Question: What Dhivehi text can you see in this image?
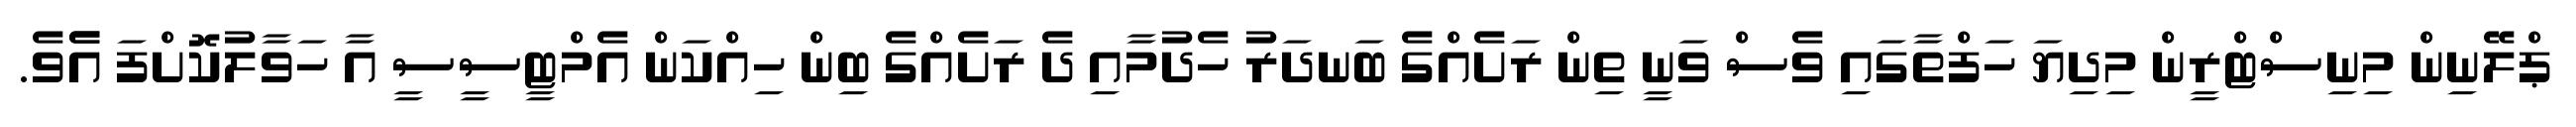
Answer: ޕްލޭނިން މިނިސްޓްރީން މިދިޔަ ހަފްތާގައި ވެސް ވަނީ ތިން ރަށެއްގެ ބަނދަރު ހެދުމާއި ދެ ރަށެއްގެ ބިން ހިއްކަން އެމްޓީސީސީ އާ ހަވާލުކޮށްފަ އެެވެ.